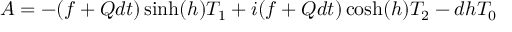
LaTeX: A = - ( f + Q d t ) \sinh ( h ) T _ { 1 } + i ( f + Q d t ) \cosh ( h ) T _ { 2 } - d h T _ { 0 }